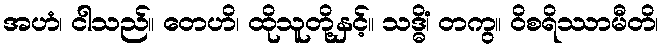
အဟံ၊ ငါသည်။ တေဟိ၊ ထိုသူတို့နှင့်။ သဒ္ဓိံ၊ တကွ။ ဝိစရိဿာမီတိ၊